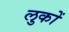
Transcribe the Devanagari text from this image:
लुकों